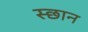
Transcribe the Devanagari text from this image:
स्छान